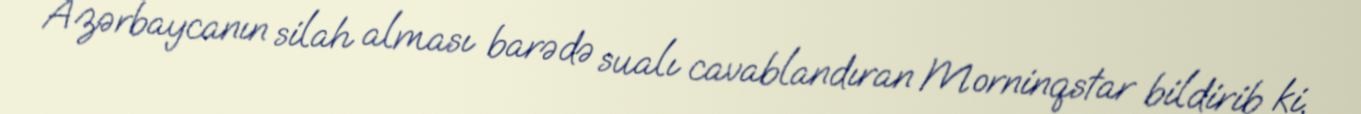
Azərbaycanın silah alması barədə sualı cavablandıran Morninqstar bildirib ki,